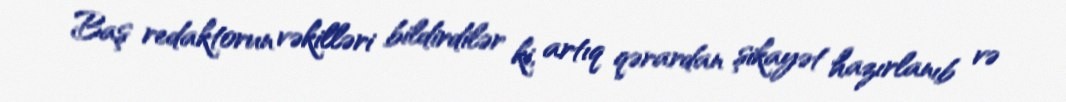
Baş redaktorun vəkilləri bildirdilər ki, artıq qərardan şikayət hazırlanıb və